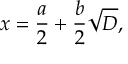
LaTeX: x = { \frac { a } { 2 } } + { \frac { b } { 2 } } { \sqrt { D } } ,